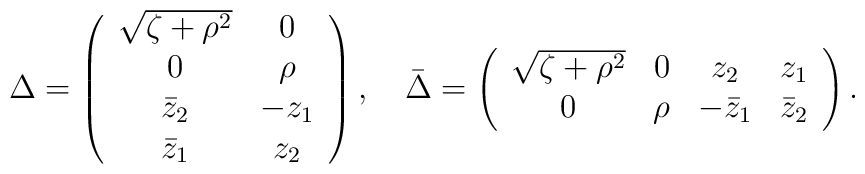
\Delta=\left(\begin{array}{cc} \sqrt{\zeta+\rho^2} &0 \\ 0 & \rho \\ \bar z_2 & -z_1 \\ \bar z_1 & z_2\end{array}\right),\quad\bar\Delta=\left(\begin{array}{cccc}\sqrt{\zeta+\rho^2} & 0 & z_2 & z_1 \\0 & \rho & -\bar z_1 & \bar z_2 \end{array}\right).